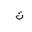
Letter: _ta